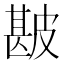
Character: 𰤯